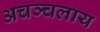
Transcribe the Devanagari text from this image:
अचञ्चलाय